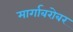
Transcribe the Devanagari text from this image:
मार्गाबरोबर